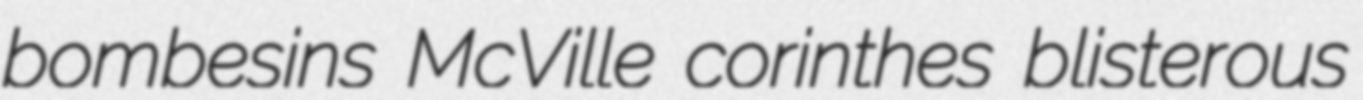
bombesins McVille corinthes blisterous